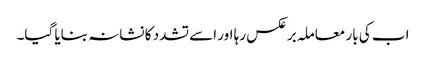
اب کی بار معاملہ برعکس رہا اور اسے تشدد کا نشانہ بنایا گیا۔